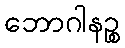
ဘောဂါနဉ္စ